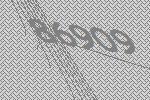
86909